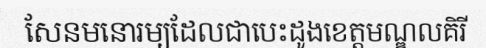
សែនមនោរម្យដែលជាបេះដូងខេត្តមណ្ឌលគិរី